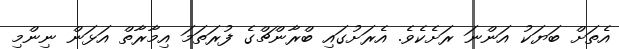
އެތަށް ބަޔަކު އަންނަ ރަށެކެވެ. އެރަށުގައި ބްރާންޗްގެ ފުރަތަމަ އިމާރާތް އަޅަން ނިންމި